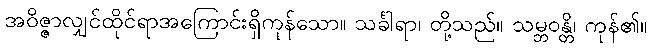
အဝိဇ္ဇာလျှင်ထိုင်ရာအကြောင်းရှိကုန်သော။ သင်္ခါရာ၊ တို့သည်။ သမ္ဘဝန္တိ၊ ကုန်၏။